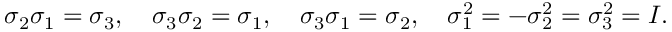
\sigma _ { 2 } \sigma _ { 1 } = \sigma _ { 3 } , \quad \sigma _ { 3 } \sigma _ { 2 } = \sigma _ { 1 } , \quad \sigma _ { 3 } \sigma _ { 1 } = \sigma _ { 2 } , \quad \sigma _ { 1 } ^ { 2 } = - \sigma _ { 2 } ^ { 2 } = \sigma _ { 3 } ^ { 2 } = I .